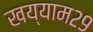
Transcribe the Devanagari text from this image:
खय्याम२९